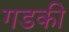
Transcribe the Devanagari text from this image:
गडकी